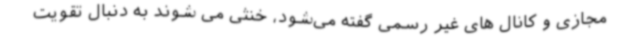
مجازی و کانال های غیر رسمی گفته می‌شود، خنثی می شوند به دنبال تقویت